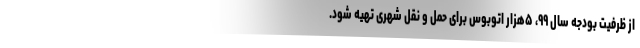
از ظرفیت بودجه سال ۹۹، ۵هزار اتوبوس برای حمل و نقل شهری تهیه شود.